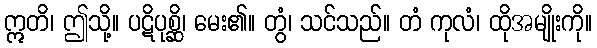
ဣတိ၊ ဤသို့။ ပဋိပုစ္ဆိ၊ မေး၏။ တွံ၊ သင်သည်။ တံ ကုလံ၊ ထိုအမျိုးကို။